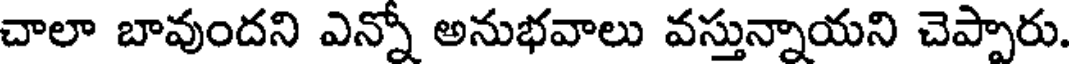
చాలా బావుందని ఎన్నో అనుభవాలు వస్తున్నాయని చెప్పారు.